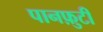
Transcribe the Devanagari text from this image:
पानफ़ुटी